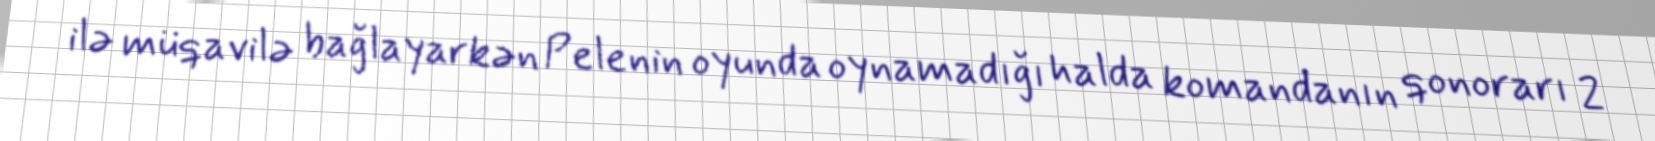
ilə müqavilə bağlayarkən Pelenin oyunda oynamadığı halda komandanın qonorarı 2